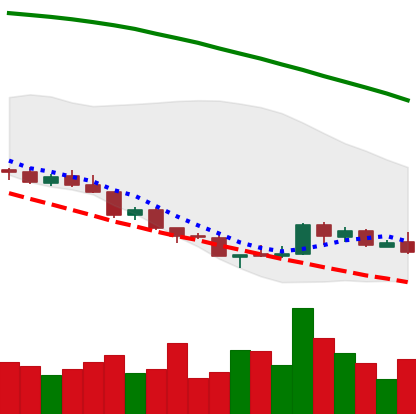
Ticker: NEO-USD
Chart end date: 2018-08-22
Forward return: 24.809%
Label: up_7plus